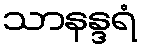
သာနန္ဒရံ